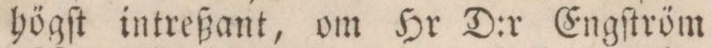
högſt intreßant, om Hr D:r Engſtröm